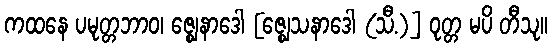
ကထနေ ပမုတ္တဘာဝ၊ ဇ္ဈေနာဒေါ [ဇ္ဈေသနာဒေါ (သီ.)] ဝုတ္တ မပိ တီသု။